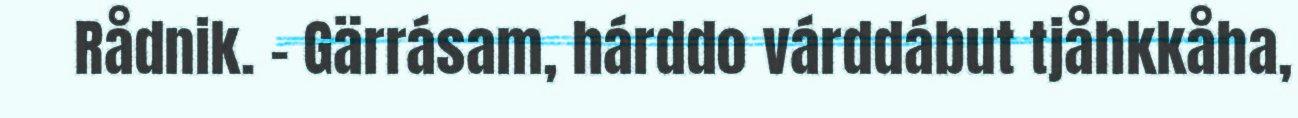
Rådnik. – Gärrásam, hárddo várddábut tjåhkkåha,